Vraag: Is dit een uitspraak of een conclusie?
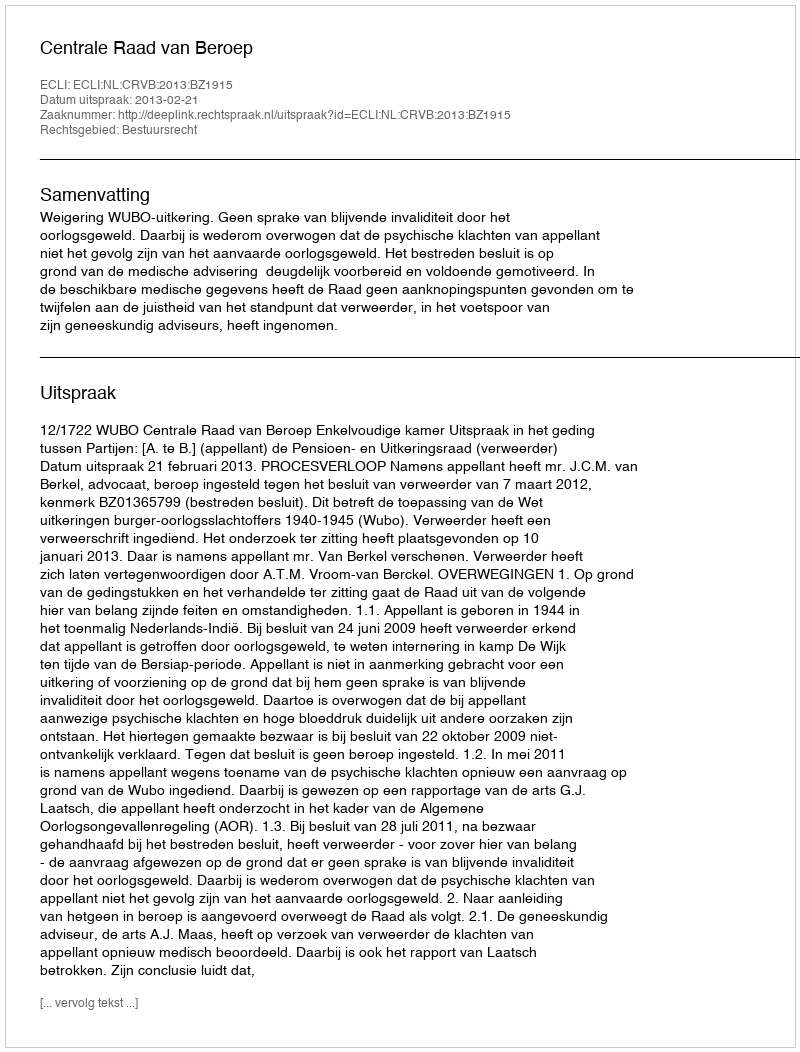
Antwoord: Uitspraak